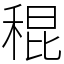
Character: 䅙